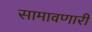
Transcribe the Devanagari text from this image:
सामावणारी